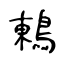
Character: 鶇